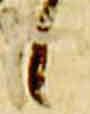
候